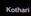
kothari